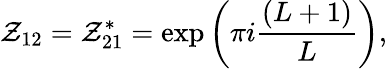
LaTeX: {\cal Z}_{12}={\cal Z}_{21}^{*}=\exp\left(\pi i\frac{(L+1)}{L}\right),